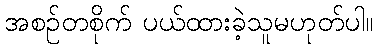
အစဉ်တစိုက် ပယ်ထားခဲ့သူမဟုတ်ပါ။